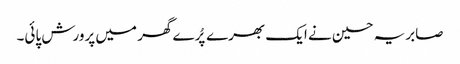
صابریہ حسین نے ایک بھرے پُرے گھر میں پرورش پائی۔